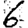
Digit: 6